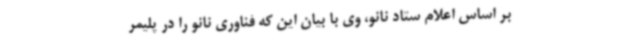
بر اساس اعلام ستاد نانو، وی با بیان این که فناوری ‌نانو را در پلیمر